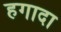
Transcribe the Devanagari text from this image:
हगादा